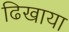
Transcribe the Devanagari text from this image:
ढिखाया